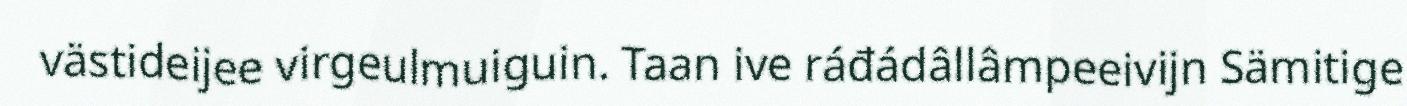
västideijee virgeulmuiguin. Taan ive ráđádâllâmpeeivijn Sämitige